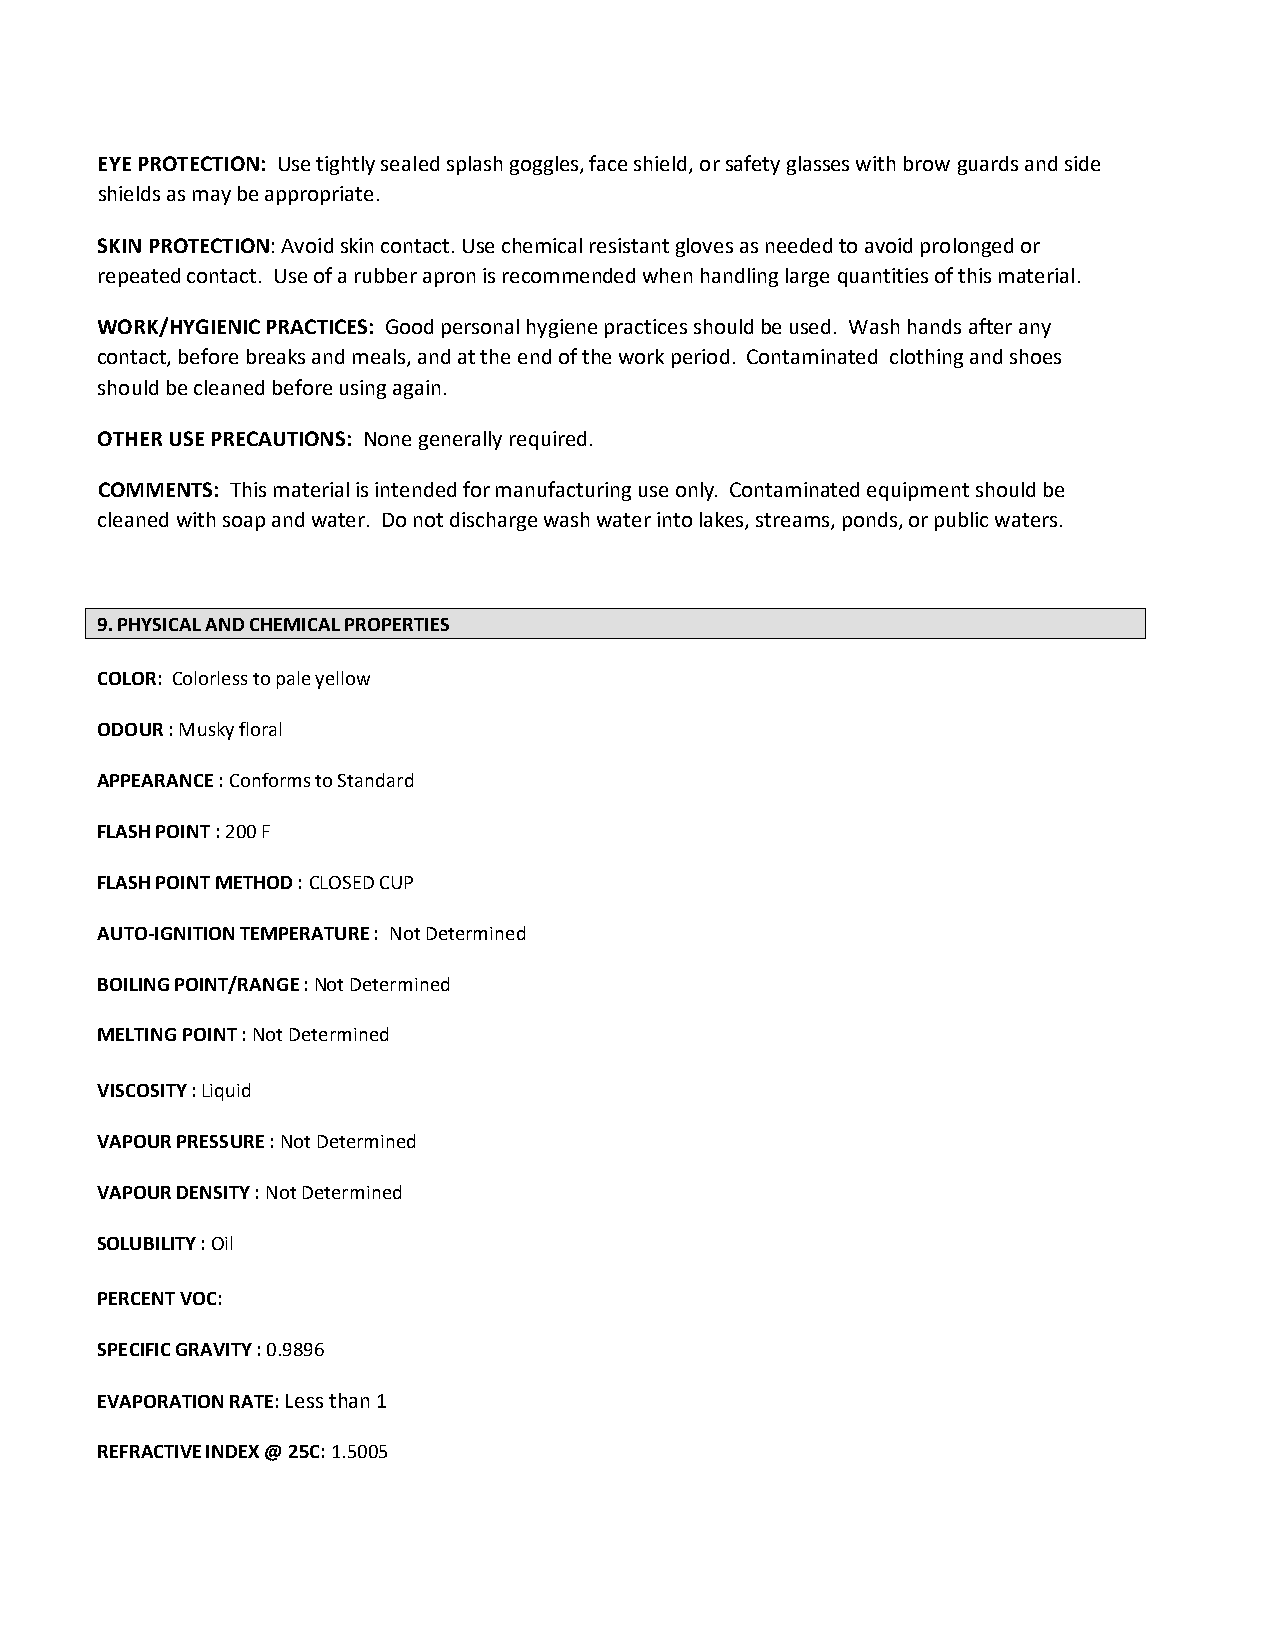
EYE PROTECTION: Use tightly sealed splash goggles, face shield, or safety glasses with brow guards and side
 shields as may be appropriate.
 SKIN PROTECTION: Avoid skin contact. Use chemical resistant gloves as needed to avoid prolonged or
 repeated contact. Use of a rubber apron is recommended when handling large quantities of this material.
 WORK/HYGIENIC PRACTICES: Good personal hygiene practices should be used. Wash hands after any
 contact, before breaks and meals, and at the end of the work period. Contaminated clothing and shoes
 should be cleaned before using again.
 OTHER USE PRECAUTIONS: None generally required.
 COMMENTS: This material is intended for manufacturing use only. Contaminated equipment should be
 cleaned with soap and water. Do not discharge wash water into lakes, streams, ponds, or public waters.
 9. PHYSICAL AND CHEMICAL PROPERTIES
 COLOR: Colorless to pale yellow
 ODOUR : Musky floral
 APPEARANCE : Conforms to Standard
 FLASH POINT : 200 F
 FLASH POINT METHOD : CLOSED CUP
 AUTO-IGNITION TEMPERATURE : Not Determined
 BOILING POINT/RANGE : Not Determined
 MELTING POINT : Not Determined
 VISCOSITY : Liquid
 VAPOUR PRESSURE : Not Determined
 VAPOUR DENSITY : Not Determined
 SOLUBILITY : Oil
 PERCENT VOC:
 SPECIFIC GRAVITY : 0.9896
 EVAPORATION RATE: Less than 1
 REFRACTIVE INDEX @ 25C: 1.5005